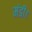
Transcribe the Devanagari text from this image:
मंडी।